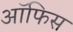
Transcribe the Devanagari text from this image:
अॉफिस